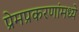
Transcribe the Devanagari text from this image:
प्रेमप्रकरणांमध्ये